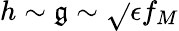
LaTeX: h\sim\mathfrak{g}\sim\sqrt{}{{\epsilon}}f_{M}